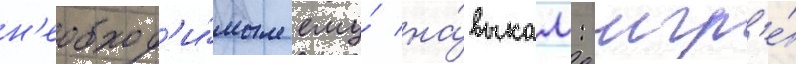
н'еобход'и́мым ему́ на́выкам: игр'е́